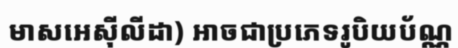
មាសអេស៊ីលីដា) អាចជាប្រភេទរូបិយប័ណ្ណ